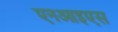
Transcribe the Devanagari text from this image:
एनआइएस